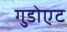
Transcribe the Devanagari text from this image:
गुडोएट